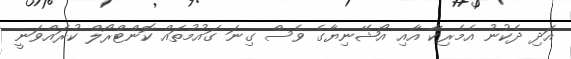
އަދި ދެކުނު އެމެރިކާ އާއި އޯޝޭނިޔާގެ ވެސް ގިނަ ގައުމުތައް ކޮންޓްރޯލް ކުރައްވަނީ